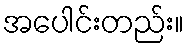
အပေါင်းတည်း။